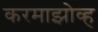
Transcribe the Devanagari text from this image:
करमाझोव्ह